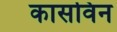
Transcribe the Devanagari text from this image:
कासविन